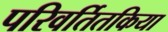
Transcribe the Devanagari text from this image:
परिवर्तितकिया